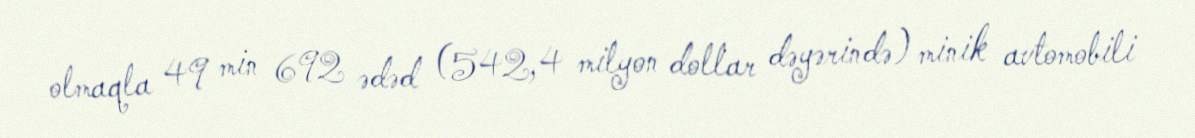
olmaqla 49 min 692 ədəd (542,4 milyon dollar dəyərində) minik avtomobili